Report of the Indian Hemp Drugs Commission, 1894-1895 - Volume IV
Year: 1894
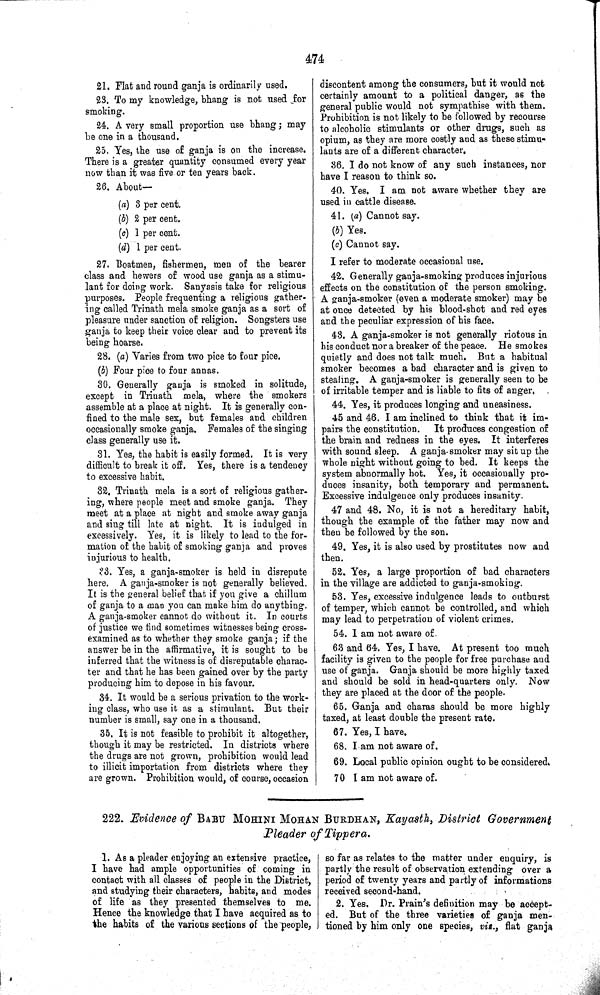
474
21. Flat and round ganja is ordinarily used.
23. To my knowledge, bhang is not used for
smoking.
24. A very small proportion use bhang; may
be one in a thousand.
25. Yes, the use of ganja is on the increase.
There is a greater quantity consumed every year
now than it was five or ten years back.
26. About—
(a) 3 per cent.
(b) 2 per cent.
(c) 1 per cent.
(d) 1 per cent.
27. Boatmen, fishermen, men of the bearer
class and hewers of wood use ganja as a stimu-
lant for doing work. Sanyasis take for religious
purposes. People frequenting a religious gather-
ing called Trinath mela smoke ganja as a sort of
pleasure under sanction of religion. Songsters use
ganja to keep their voice clear and to prevent its
being hoarse.
28. (a) Varies from two pice to four pice.
(b) Four pice to four annas.
30. Generally ganja is smoked in solitude,
except in Trinath mela, where the smokers
assemble at a place at night. It is generally con-
fined to the male sex, but females and children
occasionally smoke ganja. Females of the singing
class generally use it.
31. Yes, the habit is easily formed. It is very
difficult to break it off. Yes, there is a tendency
to excessive habit.
32. Trinath mela is a sort of religious gather-
ing, where people meet and smoke ganja. They
meet at a place at night and smoke away ganja
and sing till late at night. It is indulged in
excessively. Yes, it is likely to lead to the for-
mation of the habit of smoking ganja and proves
injurious to health.
33. Yes. a ganja-smoker is held in disrepute
here. A ganja-smoker is not generally believed.
It is the general belief that if you give a chillum
of ganja to a man you can make him do anything.
A ganja-smoker cannot do without it. In courts
of justice we find sometimes witnesses being cross-
examined as to whether they smoke ganja; if the
answer be in the affirmative, it is sought to be
inferred that the witness is of disreputable charac-
ter and that he has been gained over by the party
producing him to depose in his favour.
34. It would be a serious privation to the work-
ing class, who use it as a stimulant. But their
number is small, say one in a thousand.
35. It is not feasible to prohibit it altogether,
though it may be restricted. In districts where
the drugs are not grown, prohibition would lead
to illicit importation from districts where they
are grown. Prohibition would, of course, occasion
discontent among the consumers, but it would not
certainly amount to a political danger, as the
general public would not sympathise with them.
Prohibition is not likely to be followed by recourse
to alcoholic stimulants or other drugs, such as
opium, as they are more costly and as these stimu-
lants are of a different character.
36. I do not know of any such instances, nor
have I reason to think so.
40. Yes, I am not aware whether they are
used in cattle disease.
41. (a) Cannot say.
(b) Yes.
(c) Cannot say.
I refer to moderate occasional use.
42. Generally ganja-smoking produces injurious
effects on the constitution of the person smoking.
A ganja-smoker (even a moderate smoker) may be
at once detected by his blood-shot and red eyes
and the peculiar expression of his face.
43. A ganja-smoker is not generally riotous in
his conduct nor a breaker of the peace. He smokes
quietly and does not talk much. But a habitual
smoker becomes a bad character and is given to
stealing. A ganja-smoker is generally seen to be
of irritable temper and is liable to fits of anger.
44. Yes, it produces longing and uneasiness.
45 and 46. I am inclined to think that it im-
pairs the constitution.
It produces congestion of
the brain and redness in the eyes. It interferes
with sound sleep. A ganja-smoker may sit up the
whole night without going to bed. It keeps the
system abnormally hot. Yes, it occasionally pro-
duces insanity, both temporary and permanent.
Excessive indulgence only produces insanity.
47 and 48. No, it is not a hereditary habit,
though the example of the father may now and
then be followed by the son.
49. Yes, it is also used by prostitutes now and
then.
52. Yes, a large proportion of bad characters
in the village are addicted to ganja-smoking.
53. Yes, excessive indulgence leads to outburst
of temper, which cannot be controlled, and which
may lead to perpetration of violent crimes.
54. I am not aware of.
63 and 64. Yes, I have. At present too much
facility is given to the people for free purchase and
use of ganja. Ganja should be more highly taxed
and should be sold in head-quarters only. Now
they are placed at the door of the people.
65. Ganja and charas should be more highly
taxed, at least double the present rate.
67. Yes, I have.
68. I am not aware of.
69. Local public opinion ought to be considered.
70 I am not aware of.
222. Evidence of BABU MOHINI MOHAN BURDHAN, Kayasth, District Government
Pleader of Tippera.
1. As a pleader enjoying an extensive practice,
I have had ample opportunities of coming in
contact with all classes of people in the District,
and studying their characters, habits, and modes
of life as they presented themselves to me.
Hence the knowledge that I have acquired as to
the habits of the various sections of the people,
so far as relates to the matter under enquiry, is
partly the result of observation extending over a
period of twenty years and partly of informations
received second-hand.
2. Yes, Dr. Prain's definition may be accept-
ed. But of the three varieties of ganja men-
tioned by him only one species, viz., flat ganja